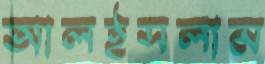
আলইসলাম